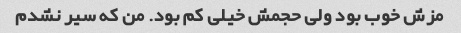
مزش خوب بود ولی حجمش خیلی کم بود. من که سیر نشدم